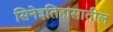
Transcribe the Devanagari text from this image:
सिनेइतिहासातील